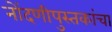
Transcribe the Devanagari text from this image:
नोंदणीपुस्तकांचा